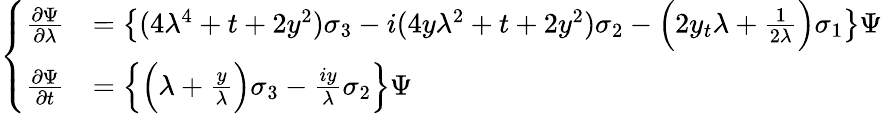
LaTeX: \left\{ \begin{array}{rl}{\frac{\partial\Psi}{\partial\lambda}}&{=\left\{ (4\lambda^{4}+t+2y^{2})\sigma_{3}-i(4y\lambda^{2}+t+2y^{2})\sigma_{2}-\Big(2y_{t}\lambda+\frac{1}{2\lambda}\Big)\sigma_{1}\right\} \Psi}\\ {\frac{\partial\Psi}{\partial t}}&{=\left\{ \Big(\lambda+\frac{y}{\lambda}\Big)\sigma_{3}-\frac{iy}{\lambda}\sigma_{2}\right\} \Psi}\end{array}\right.